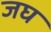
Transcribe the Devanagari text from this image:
जघ